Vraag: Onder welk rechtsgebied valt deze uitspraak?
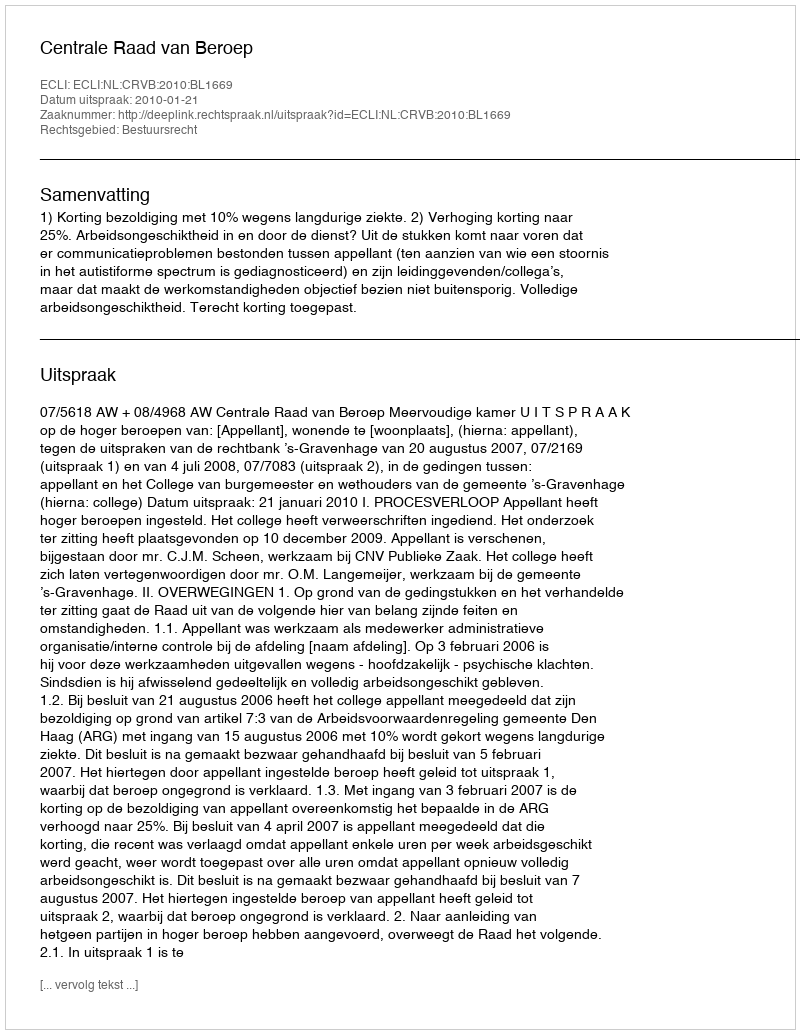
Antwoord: Bestuursrecht